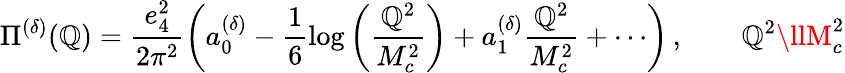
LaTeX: \Pi^{(\delta)}(\mathbb{Q})=\frac{{e_{4}^{2}}}{{2\pi^{2}}}\left(a_{0}^{(\delta)}-\frac{{1}}{{6}}\log\left(\frac{{\mathbb{Q}^{2}}}{{M_{c}^{2}}}\right)+a_{1}^{(\delta)}\frac{{\mathbb{Q}^{2}}}{{M_{c}^{2}}}+\cdots\right)\, ,\qquad\mathbb{Q}^{2}\llM_{c}^{2}